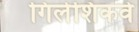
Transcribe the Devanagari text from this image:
गिलेशिकवे